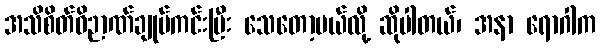
အသိစိတ်ဝိဉာဏ်ချုပ်ကင်းပြီး သေတော့မယ်လို့ ဆိုပါတယ်၊ အနာ ရောဂါက